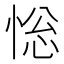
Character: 𢛌